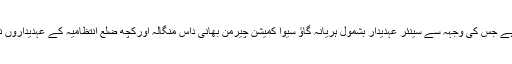
انڈیا ٹوڈے میں شائع خبر کے مطابق پچھلے کچھ دنوں میں یہ اموات کا واقعہ پیش آیا ہے جس کی وجہہ سے سینئر عہدیدار بشمول ہریانہ گاؤ سیوا کمیشن چیرمن بھانی داس منگالہ اورکچھ ضلع انتظامیہ کے عہدیداروں نے متھانہ گاؤں کے شیلٹر جہاں پر گائیوں کی اموات کا واقعہ پیش آیا ہے کا دورہ کیا۔